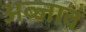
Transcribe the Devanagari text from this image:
अब्जावं